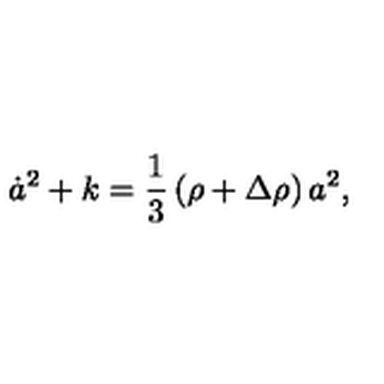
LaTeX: \dot { a } ^ { 2 } + k = \frac { 1 } { 3 } \left( \rho + \Delta \rho \right) a ^ { 2 } ,